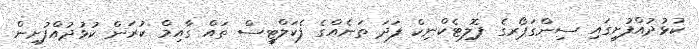
ކުޅުދުއްފުށީގައި ސިންގަޕޯރގެ ޕޮލިޓެކްނިކް ފަދަ ތަނެއްގެ ފެކަލްޓީސް ތައް ގާއިމް ކުރަން ކުޅުދުއްފުށިން